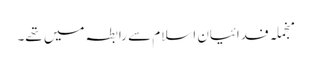
منجملہ فدائیان اسلام سے رابطہ میں تھے۔